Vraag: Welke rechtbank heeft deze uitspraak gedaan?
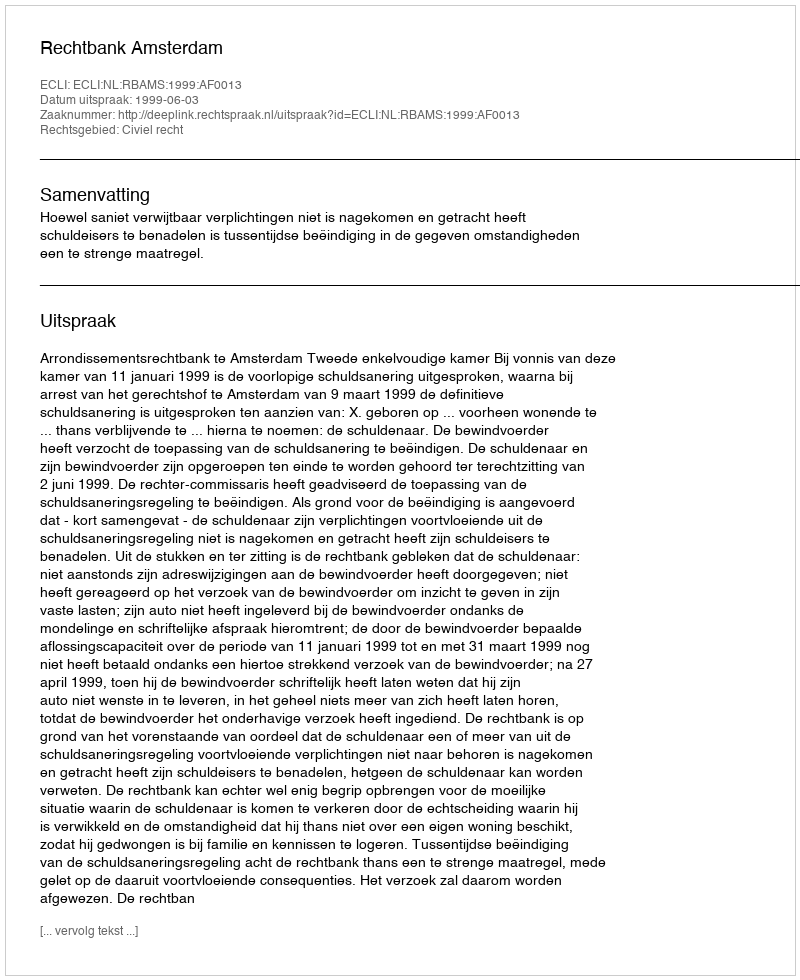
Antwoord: Rechtbank Amsterdam